NAE_ERA_R-2324_Eesti_Vabariigi_Pohiseaduslik_Assamblee, lk 79
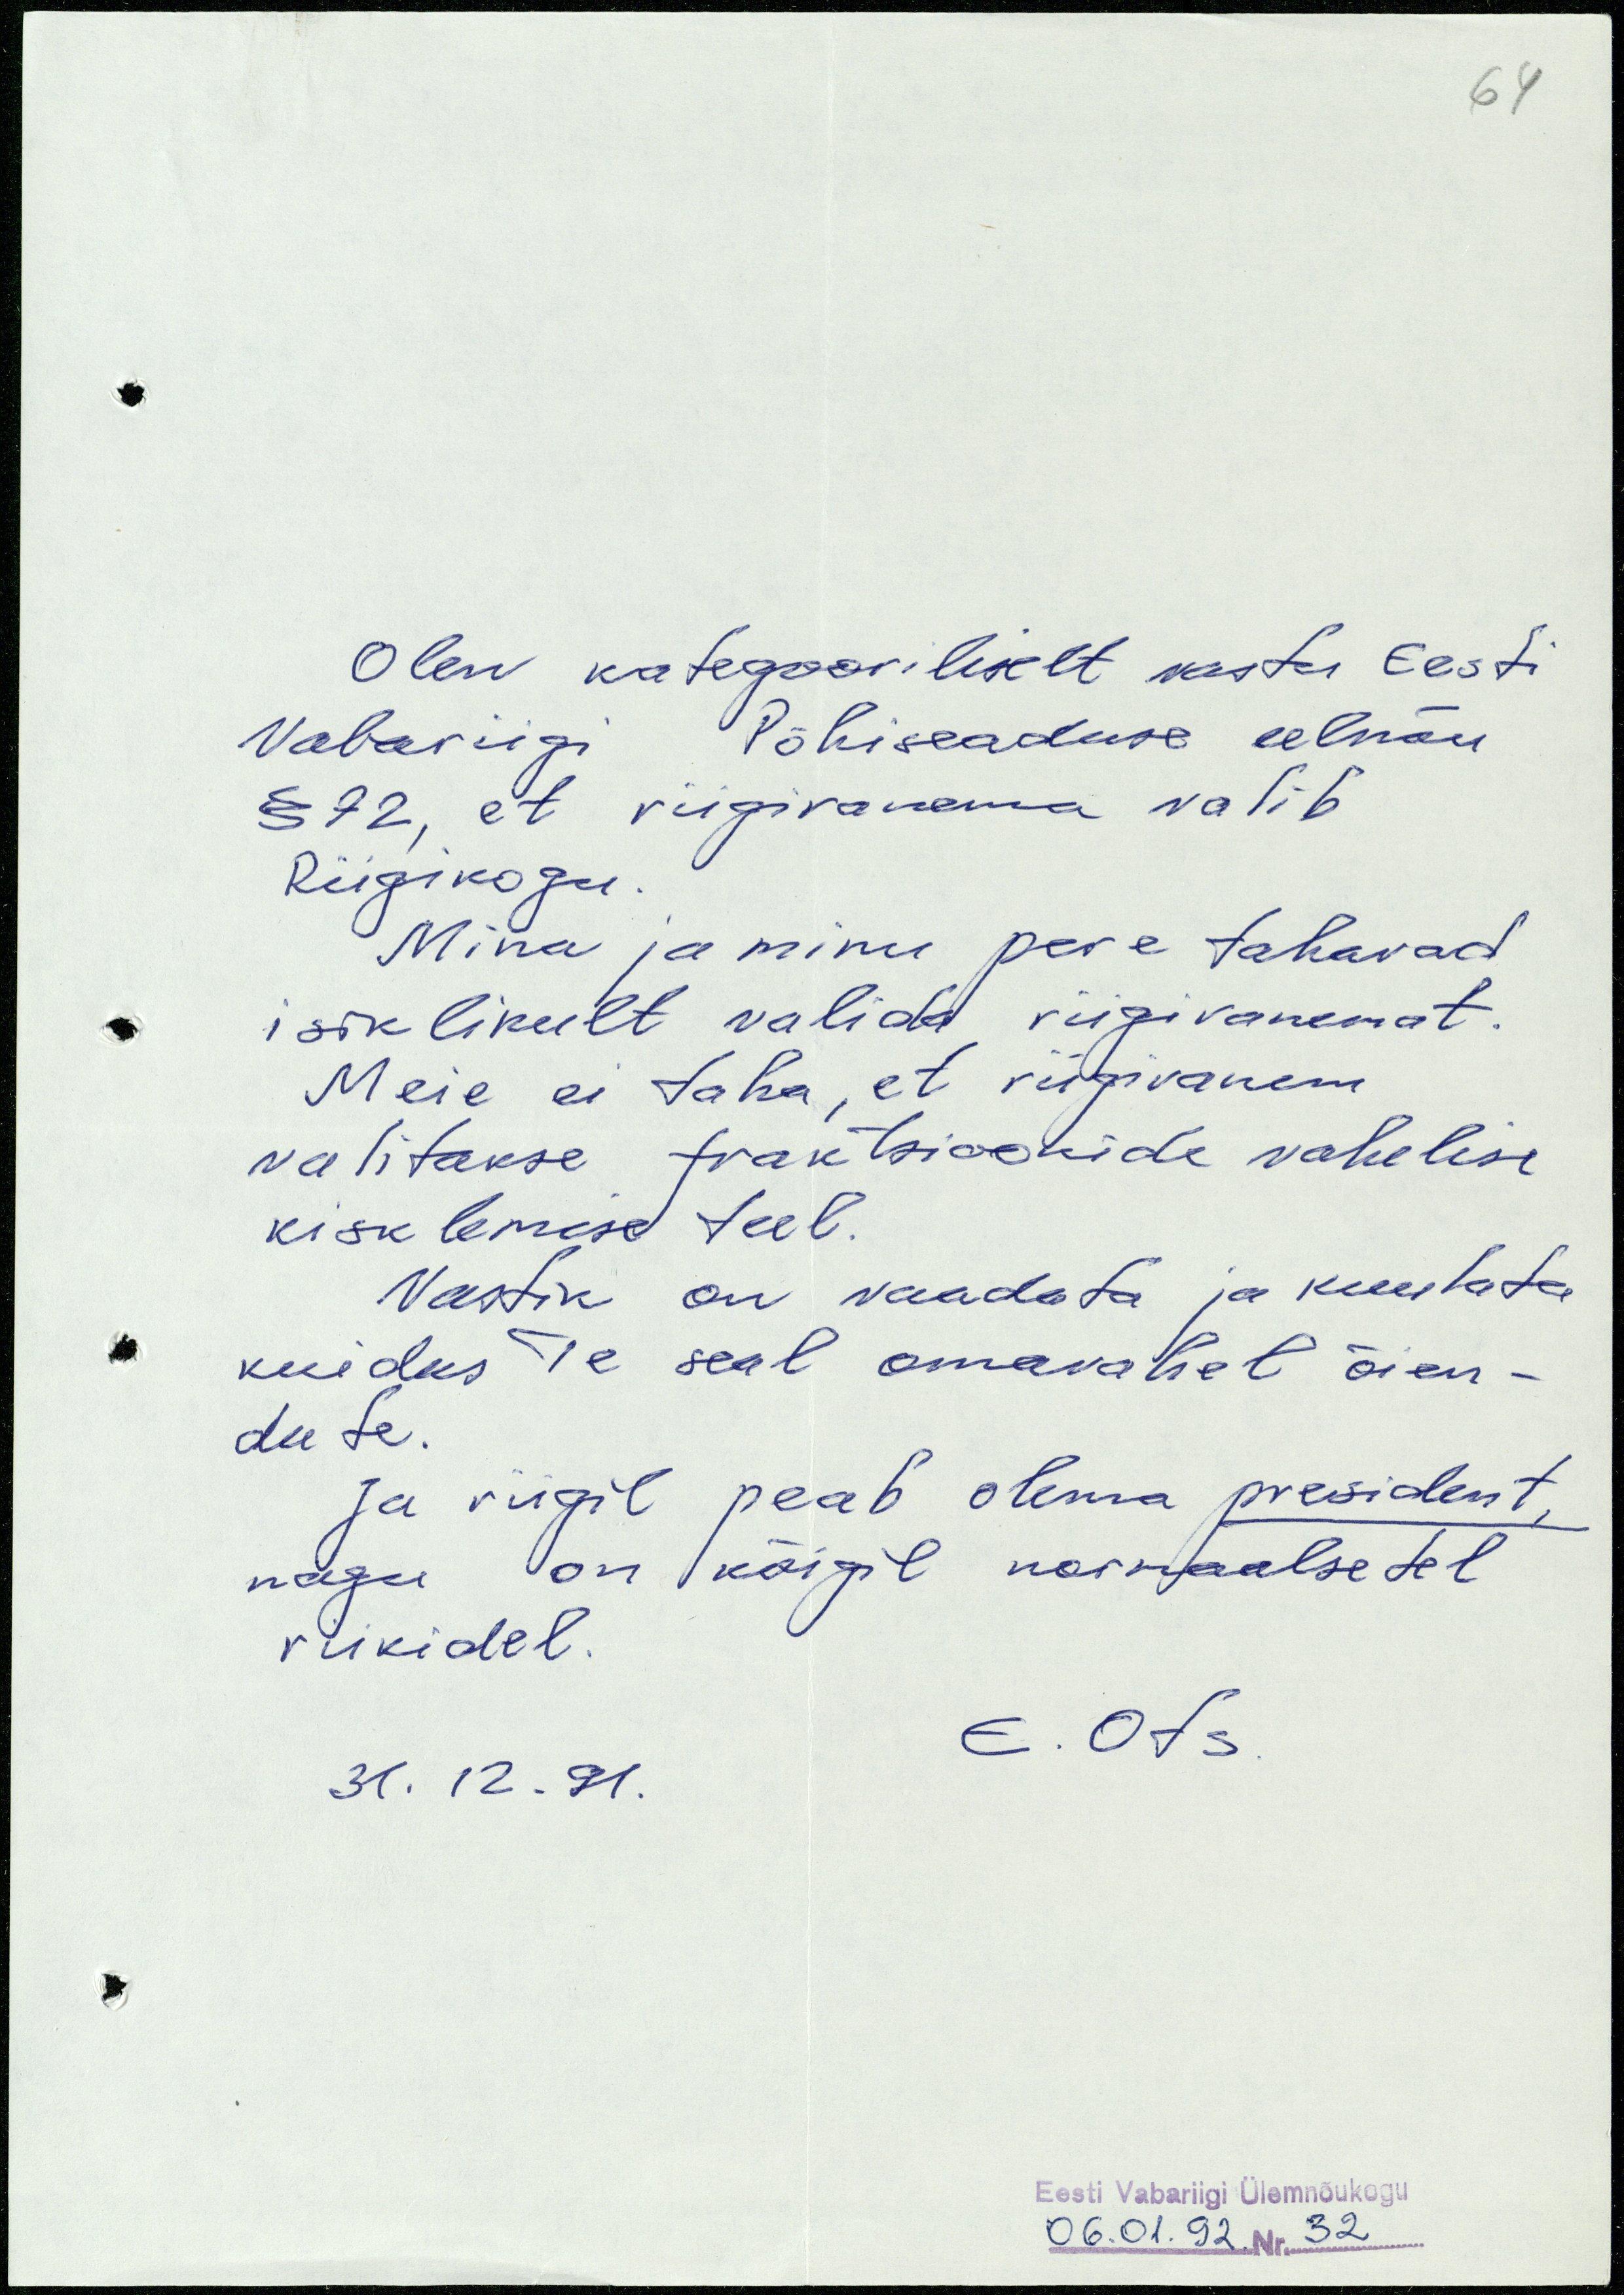
64

Olen kategooriliselt vastu Eesti
Vabariigi Põhiseaduse eelnõu
§ 72, et riigivanema valib
Riigikogu.
Mina ja minu pere tahavad
isiklikult valida riigivanemat.
Meie ei taha, et riigivanem
valitakse fraktsioonide vahelise
kisklemise teel.
Vastik on vaadata ja kuulata
kuidas Te seal omavahel õien-
date.
Ja riigil peab olema president,
nagu on kõigil normaalsetel
riikidel.
E. Ots
31.12.91.
Eesti Vabariigi Ülemnõukogu
06.01.92. Nr. 32